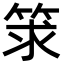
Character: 𥭑